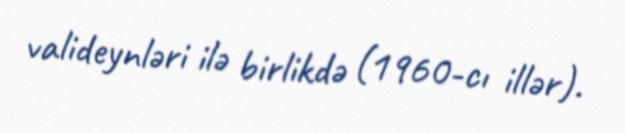
valideynləri ilə birlikdə (1960-cı illər).